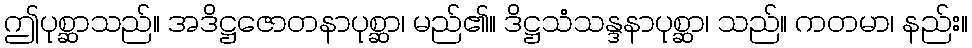
ဤပုစ္ဆာသည်။ အဒိဋ္ဌဇောတနာပုစ္ဆာ၊ မည်၏။ ဒိဋ္ဌသံသန္ဒနာပုစ္ဆာ၊ သည်။ ကတမာ၊ နည်း။